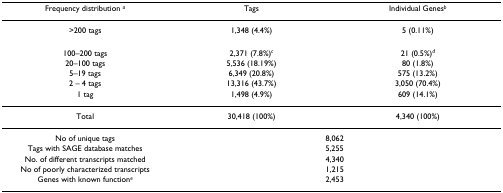
<table><thead><tr><td><b>Frequency distribution <sup><i>a</i></sup></b></td><td><b>Tags</b></td><td><b>Individual Genes<sup><i>b</i></sup></b></td></tr></thead><tbody><tr><td>&gt;200 tags</td><td>1,348 (4.4%)</td><td>5 (0.11%)</td></tr><tr><td>100–200 tags</td><td>2,371 (7.8%)<sup><i>c</i></sup></td><td>21 (0.5%)<sup><i>d</i></sup></td></tr><tr><td>20–100 tags</td><td>5,536 (18.19%)</td><td>80 (1.8%)</td></tr><tr><td>5–19 tags</td><td>6,349 (20.8%)</td><td>575 (13.2%)</td></tr><tr><td>2 – 4 tags</td><td>13,316 (43.7%)</td><td>3,050 (70.4%)</td></tr><tr><td>1 tag</td><td>1,498 (4.9%)</td><td>609 (14.1%)</td></tr><tr><td>Total</td><td>30,418 (100%)</td><td>4,340 (100%)</td></tr><tr><td>No of unique tags</td><td colspan="2">8,062</td></tr><tr><td>Tags with SAGE database matches</td><td colspan="2">5,255</td></tr><tr><td>No. of different transcripts matched</td><td colspan="2">4,340</td></tr><tr><td>No of poorly characterized transcripts</td><td colspan="2">1,215</td></tr><tr><td>Genes with known function<sup><i>e</i></sup></td><td colspan="2">2,453</td></tr></tbody></table>